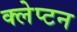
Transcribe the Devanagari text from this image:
क्लेप्टन